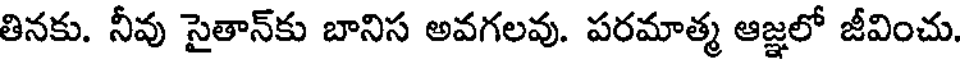
తినకు. నీవు సైతాన్కు బానిస అవగలవు. పరమాత్మ ఆజ్ఞలో జీవించు.